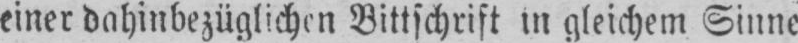
einer dahinbezüglichen Bittschrift in gleichem Sinne